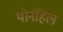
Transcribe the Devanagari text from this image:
थोर्नहिल